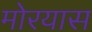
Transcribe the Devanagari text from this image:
मोरयास